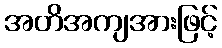
အတိအကျအားဖြင့်